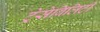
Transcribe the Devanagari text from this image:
ट्रेसेबिलिटी